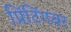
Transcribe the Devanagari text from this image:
प्रिंटिंगवर